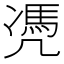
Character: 凴